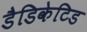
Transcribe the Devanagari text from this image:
डैडिकेटिड